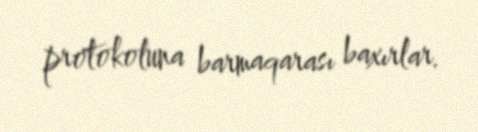
protokoluna barmaqarası baxırlar.